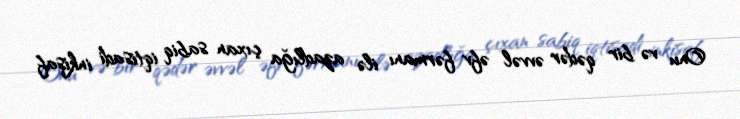
Onu və bir qədər əvvəl əfv fərmanı ilə azadlığa çıxan sabiq iqtisadi inkişaf